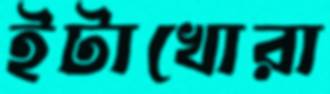
ইটাখোরা